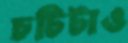
চটিটাও